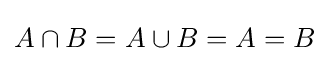
A\cap B=A\cup B=A=B